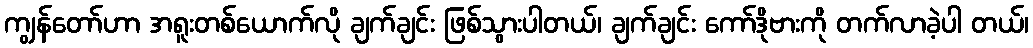
ကျွန်တော်ဟာ အရူးတစ်ယောက်လို ချက်ချင်း ဖြစ်သွားပါတယ်၊ ချက်ချင်း ကော်ဒိုဗားကို တက်လာခဲ့ပါ တယ်၊